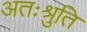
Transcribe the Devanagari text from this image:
अतःश्रुति